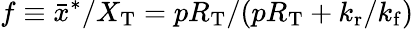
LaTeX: f\equiv\bar{x}^{\ast}/X_{\mathrm{T}}=pR_{\mathrm{T}}/(pR_{\mathrm{T}}+{k_{\mathrm{r}}}/{k_{\mathrm{f}}})